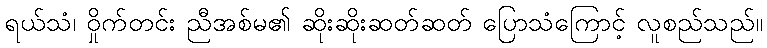
ရယ်သံ၊ ဝှိုက်တင်း ညီအစ်မ၏ ဆိုးဆိုးဆတ်ဆတ် ပြောသံကြောင့် လူစည်သည်။